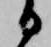
る